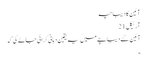
آئین کا دیباچہ
آرٹیکل 21
آئین کے دیباچے میں یہ یقین دہانی کرائی جائے گی کہ
۔